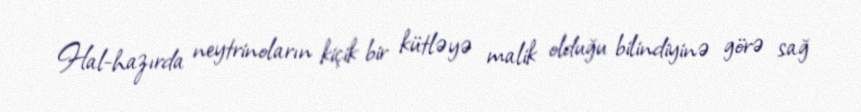
Hal-hazırda neytrinoların kiçik bir kütləyə malik olduğu bilindiyinə görə sağ